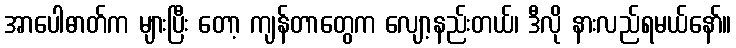
အာပေါဓာတ်က များပြီး တော့ ကျန်တာတွေက လျော့နည်းတယ်၊ ဒီလို နားလည်ရမယ်နော်။